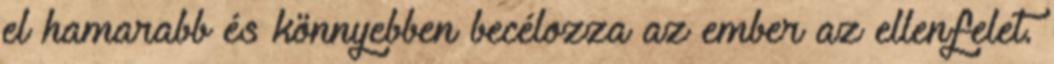
el hamarabb és könnyebben becélozza az ember az ellenfelet.